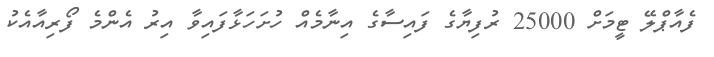
ފެއާޕްލޭ ޓީމަށް 25000 ރުފިޔާގެ ފައިސާގެ އިނާމެއް ހުށަހަޅާފައިވާ އިރު އެންމެ ފޯރިއާއެކު